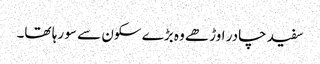
سفید چادر اوڑھے وہ بڑے سکون سے سو رہا تھا۔